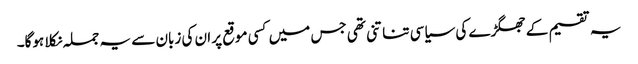
یہ تقسیم کے جھگڑے کی سیاسی تناتنی تھی جس میں کسی موقع پر ان کی زبان سے یہ جملہ نکلا ہوگا۔